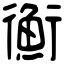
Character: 𢖍